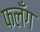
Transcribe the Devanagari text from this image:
फलँग